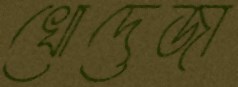
খোদেজা